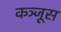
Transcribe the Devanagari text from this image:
कञ्जूस